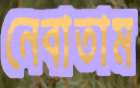
নেবাতাম